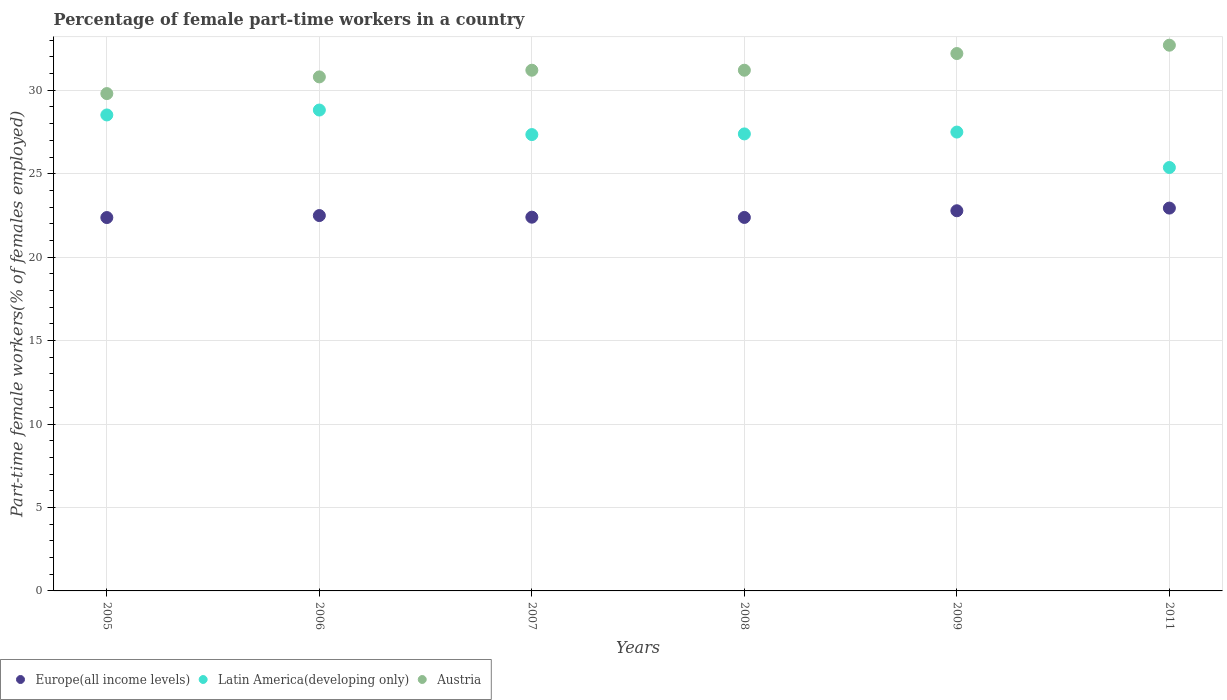
| Years | Europe(all income levels) | Latin America(developing only) | Austria |
 | --- | --- | --- | --- |
 | 2005 | 22.4 | 28.5 | 29.8 |
 | 2006 | 22.5 | 28.8 | 30.8 |
 | 2007 | 22.4 | 27.3 | 31.2 |
 | 2008 | 22.4 | 27.4 | 31.2 |
 | 2009 | 22.8 | 27.5 | 32.2 |
 | 2011 | 22.9 | 25.4 | 32.7 |